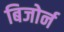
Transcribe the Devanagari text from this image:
बिजोर्न